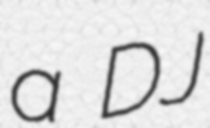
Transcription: a DJ